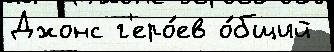
Джонс г'еро́ев о́бщий